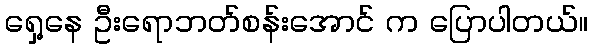
ရှေ့နေ ဦးရောဘတ်စန်းအောင် က ပြောပါတယ်။